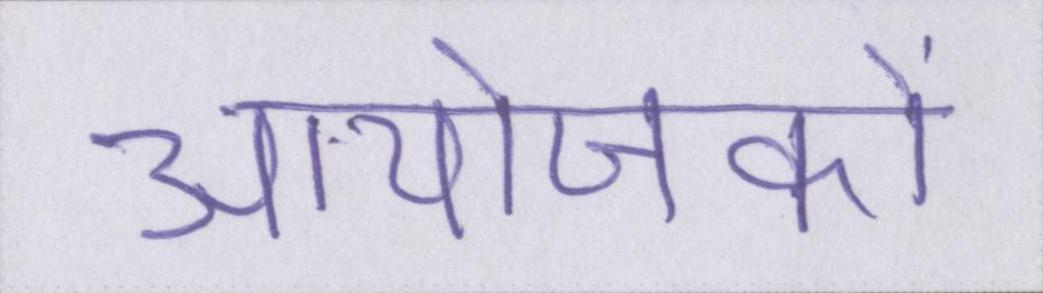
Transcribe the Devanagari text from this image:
आयोजकों